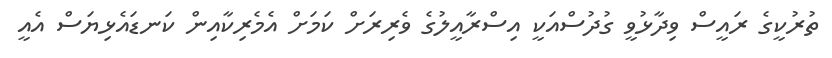
ތުރުކީގެ ރައީސް ވިދާޅުވީ ގުދުސްއަކީ އިސްރާއީލުގެ ވެރިރަށް ކަމަށް އެމެރިކާއިން ކަނޑައެޅިޔަސް އެއީ